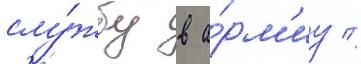
слу́жбу в а́рм'иу //